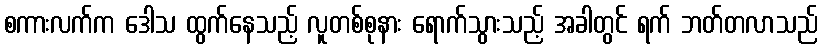
စကားလက်က ဒေါသ ထွက်နေသည့် လူတစ်စုနား ရောက်သွားသည့် အခါတွင် ရက် ဘတ်တလာသည်